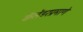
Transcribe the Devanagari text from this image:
कॅलेंडरप्रमाणे